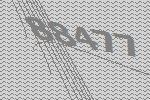
88477